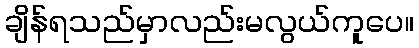
ချိန်ရသည်မှာလည်းမလွယ်ကူပေ။